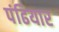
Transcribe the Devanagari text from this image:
पंढियार